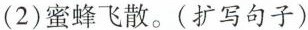
(2)蜜蜂飞散。(扩写句子)